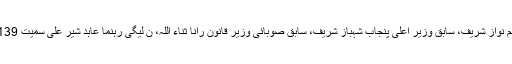
عدالت نے اس کیس میں سابق وزیر اعظم نواز شریف، سابق وزیر اعلیٰ پنجاب شہباز شریف، سابق صوبائی وزیر قانون رانا ثناء اللہ، ن لیگی رہنما عابد شیر علی سمیت 139 نامزد افراد کو نوٹس جاری کیے تھے۔